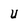
Character: U